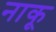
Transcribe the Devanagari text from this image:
नाकू